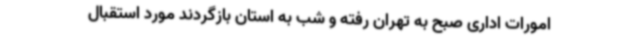
امورات اداری صبح به تهران رفته و شب به استان بازگردند مورد استقبال